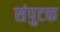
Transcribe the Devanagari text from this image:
संपुटक